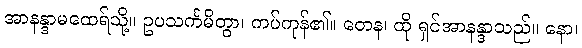
အာနန္ဒာမထေရ်သို့။ ဥပသင်္ကမိတွာ၊ ကပ်ကုန်၏။ တေန၊ ထို ရှင်အာနန္ဒာသည်။ နော၊